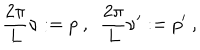
LaTeX: \frac { 2 \pi } { L } \nu : = p \ , \ \ \frac { 2 \pi } { L } \nu ^ { \prime } : = p ^ { \prime } \ ,